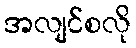
အလျင်စလို